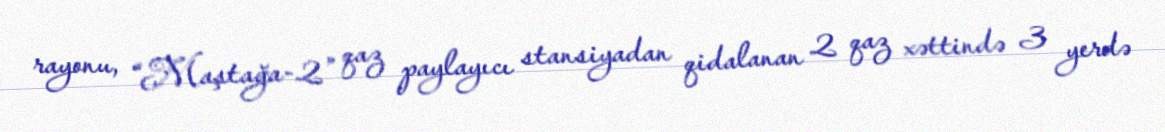
rayonu, “Maştağa-2” qaz paylayıcı stansiyadan qidalanan 2 qaz xəttində 3 yerdə